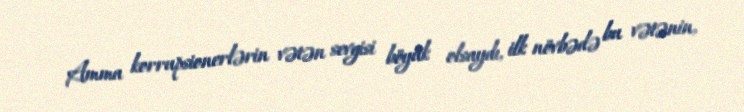
Amma korrupsionerlərin vətən sevgisi böyük olsaydı, ilk növbədə bu vətənin,